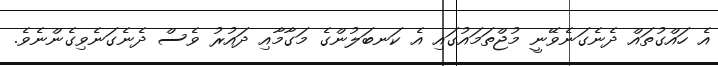
އެ ހައްގުތައް ދެނެގަނެވޭނީ މުޖްތަމައުގައި އެ ކަނބަލުންގެ މަގާމާއި ދައުރު ވެސް ދެނެގަނެވިގެންނެވެ.